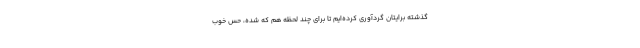
گذشته برایتان گردآوری کرده‌ایم تا برای چند لحظه هم که شده، حس خوب